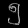
Digit: ၅